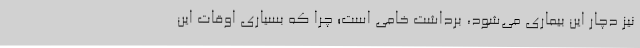
نیز دچار این بیماری می‌شود، برداشت خامی است؛ چرا که بسیاری اوقات این